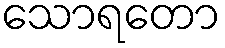
သောရတော